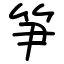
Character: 笋